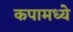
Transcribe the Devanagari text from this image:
कपामध्ये